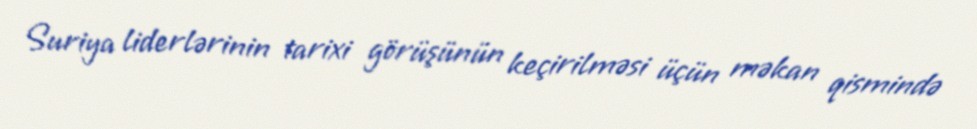
Suriya liderlərinin tarixi görüşünün keçirilməsi üçün məkan qismində